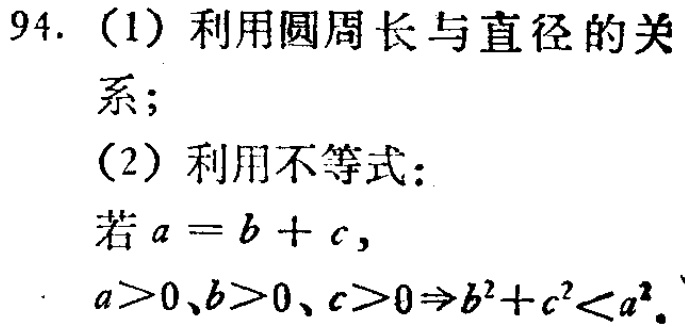
94. (1) 利用圆周长与直径的关
系；
(2) 利用不等式：
若\(a = b + c\)，
\(a>0、b>0、c>0\Rightarrow b^{2}+c^{2}<a^{2}\)。